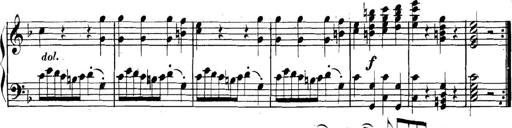
Title: Collected Piano Sonatas
Composer: Muzio Clementi